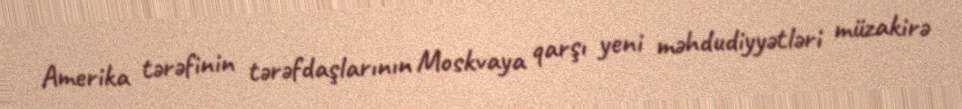
Amerika tərəfinin tərəfdaşlarının Moskvaya qarşı yeni məhdudiyyətləri müzakirə